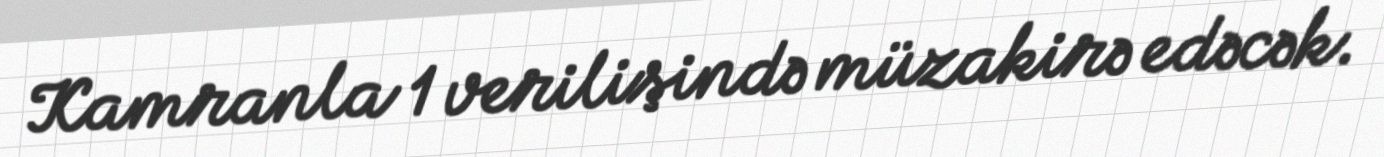
Kamranla 1 verilişində müzakirə edəcək.